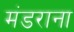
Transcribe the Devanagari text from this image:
मंडराना